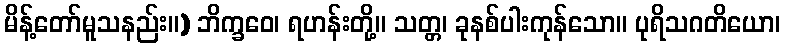
မိန့်တော်မူသနည်း။) ဘိက္ခဝေ၊ ရဟန်းတို့။ သတ္တ၊ ခုနစ်ပါးကုန်သော။ ပုရိသဂတိယော၊